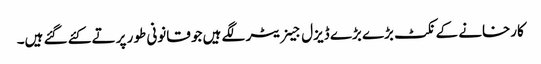
کارخانے کے نکٹ بڑے بڑے ڈیزل جینریٹر لگے ہیں جو قانونی طور پر تے کئے گئے ہیں۔